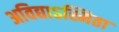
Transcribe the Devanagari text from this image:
अविद्याऽस्मिता